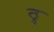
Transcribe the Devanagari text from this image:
ठु